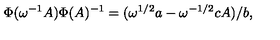
{ } \Phi ( \omega ^ { - 1 } A ) \Phi ( A ) ^ { - 1 } = ( \omega ^ { 1 / 2 } a - \omega ^ { - 1 / 2 } c A ) / b ,